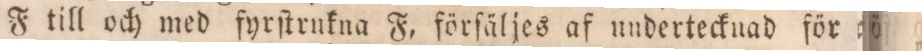
F till och med fyrſtrukna F, förſäljes af undertecknad för